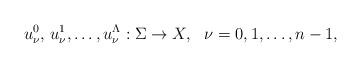
LaTeX: \begin{align*}u_\nu^0, \, u_{\nu}^1, \dots, u_{\nu}^{\Lambda}: \Sigma \rightarrow X, \ \ \nu=0,1, \dots, n-1,\end{align*}